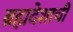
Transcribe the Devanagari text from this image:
ब्रह्मदेशाची